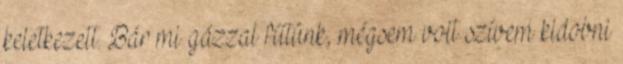
keletkezett. Bár mi gázzal fűtünk, mégsem volt szívem kidobni